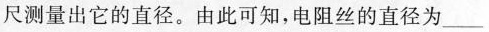
尺测量出它的直径。由此可知，电阻丝的直径为___